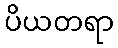
ပိယတရာ